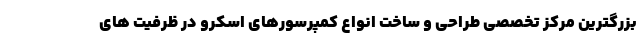
بزرگترین مرکز تخصصی طراحی و ساخت انواع کمپرسورهای اسکرو در ظرفیت های